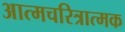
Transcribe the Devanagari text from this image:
अात्मचरित्रात्मक